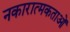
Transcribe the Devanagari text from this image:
नकारात्मकताओं